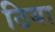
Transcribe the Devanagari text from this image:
ठिया